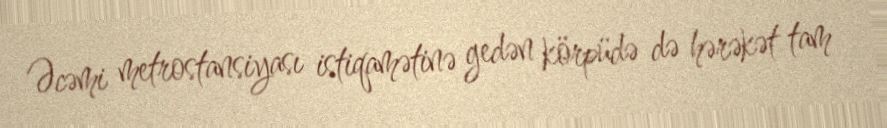
Əcəmi metrostansiyası istiqamətinə gedən körpüdə də hərəkət tam